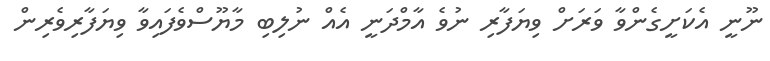
ނޫނީ އެކަށީގެންވާ ވަރަށް ވިޔަފާރި ނުވެ އާމްދަނީ އެއް ނުލިބި މާޔޫސްވެފައިވާ ވިޔަފާރިވެރިން